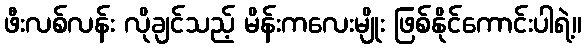
ဖီးလစ်လန်း လိုချင်သည့် မိန်းကလေးမျိုး ဖြစ်နိုင်ကောင်းပါရဲ့။